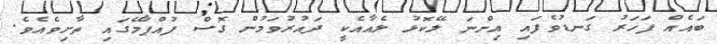
ބައެއް ފަހަރު ގަނޑުވެފައި އިންނަ ލޭކޮޅު ލެއާއެކީ ދައުރުވަމުން ގޮސް ފުއްޕާމޭގައި ތާށިވެއެވެ.